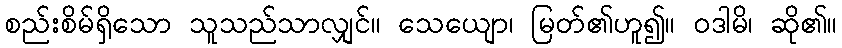
စည်းစိမ်ရှိသော သူသည်သာလျှင်။ သေယျော၊ မြတ်၏ဟူ၍။ ဝဒါမိ၊ ဆို၏။